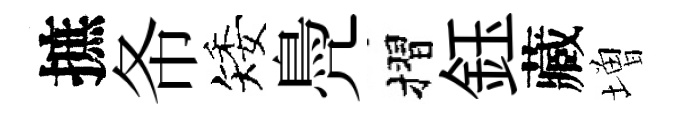
摭𢁙矮鳧摺鈺藏増